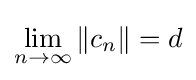
\lim _{n\to \infty }\left\|c_{n}\right\|=d